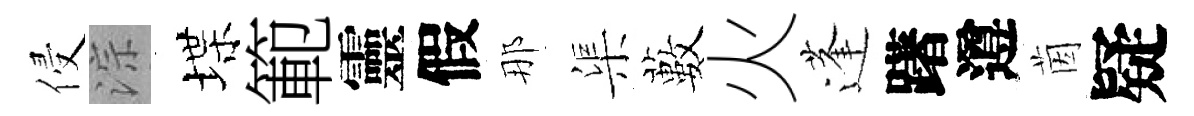
侵淙堞範靈假那渠藪火蓬躇遵茵疑